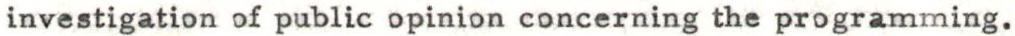
investigation of public opinion concerning the programming.